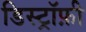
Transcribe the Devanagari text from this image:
डिस्ट्रॉफ़ी